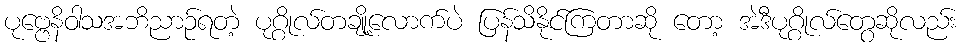
ပုဗ္ဗေနိဝါသအဘိညာဉ်ရတဲ့ ပုဂ္ဂိုလ်တချို့လောက်ပဲ ပြန်သိနိုင်ကြတာဆို တော့ အဲဒီပုဂ္ဂိုလ်တွေဆိုလည်း